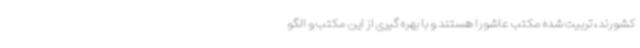
کشورند، تربیت شده مکتب عاشورا هستند و با بهره گیری از این مکتب و الگو